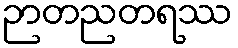
ဉာတညတရဿ